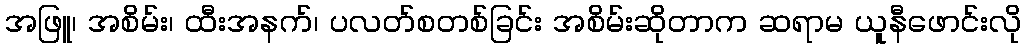
အဖြူ၊ အစိမ်း၊ ထီးအနက်၊ ပလတ်စတစ်ခြင်း အစိမ်းဆိုတာက ဆရာမ ယူနီဖောင်းလို